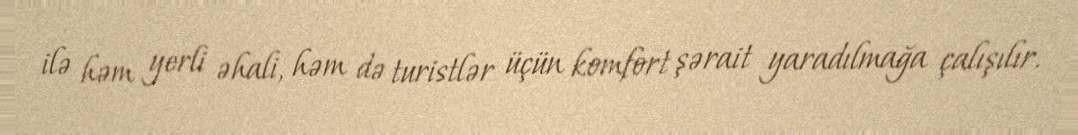
ilə həm yerli əhali, həm də turistlər üçün komfort şərait yaradılmağa çalışılır.